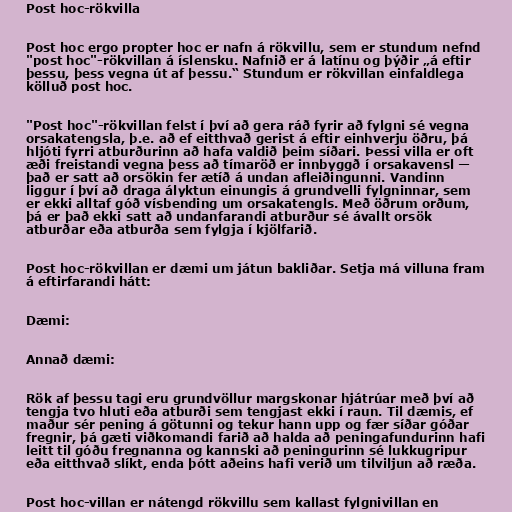
Post hoc-rökvilla

Post hoc ergo propter hoc er nafn á rökvillu, sem er stundum nefnd
"post hoc"-rökvillan á íslensku. Nafnið er á latínu og þýðir „á eftir
þessu, þess vegna út af þessu.“ Stundum er rökvillan einfaldlega
kölluð post hoc.

"Post hoc"-rökvillan felst í því að gera ráð fyrir að fylgni sé vegna
orsakatengsla, þ.e. að ef eitthvað gerist á eftir einhverju öðru, þá
hljóti fyrri atburðurinn að hafa valdið þeim síðari. Þessi villa er oft
æði freistandi vegna þess að tímaröð er innbyggð í orsakavensl —
það er satt að orsökin fer ætíð á undan afleiðingunni. Vandinn
liggur í því að draga ályktun einungis á grundvelli fylgninnar, sem
er ekki alltaf góð vísbending um orsakatengls. Með öðrum orðum,
þá er það ekki satt að undanfarandi atburður sé ávallt orsök
atburðar eða atburða sem fylgja í kjölfarið.

Post hoc-rökvillan er dæmi um játun bakliðar. Setja má villuna fram
á eftirfarandi hátt:

Dæmi:

Annað dæmi:

Rök af þessu tagi eru grundvöllur margskonar hjátrúar með því að
tengja tvo hluti eða atburði sem tengjast ekki í raun. Til dæmis, ef
maður sér pening á götunni og tekur hann upp og fær síðar góðar
fregnir, þá gæti viðkomandi farið að halda að peningafundurinn hafi
leitt til góðu fregnanna og kannski að peningurinn sé lukkugripur
eða eitthvað slíkt, enda þótt aðeins hafi verið um tilviljun að ræða.

Post hoc-villan er nátengd rökvillu sem kallast fylgnivillan en